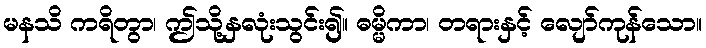
မနသိ ကရိတွာ၊ ဤသို့နှလုံးသွင်း၍။ ဓမ္မိကာ၊ တရားနှင့် လျော်ကုန်သော။